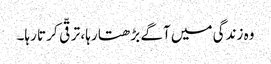
وہ زندگی میں آگے بڑھتا رہا، ترقّی کرتا رہا۔